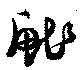
鮓